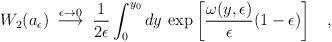
LaTeX: \begin{align*}W_2(a_{\epsilon})\>\stackrel{\epsilon \rightarrow 0}{\longrightarrow}\> {1 \over 2 \epsilon}\int_0^{y_0} dy \> \exp \left[{\omega(y,\epsilon) \over \epsilon} (1-\epsilon)\right ]\;\;\;,\end{align*}